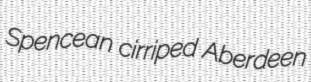
Spencean cirriped Aberdeen